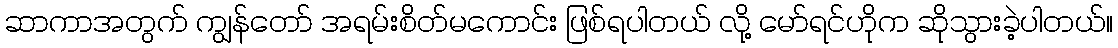
ဆာကာအတွက် ကျွန်တော် အရမ်းစိတ်မကောင်း ဖြစ်ရပါတယ် လို့ မော်ရင်ဟိုက ဆိုသွားခဲ့ပါတယ်။